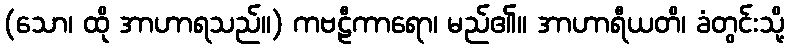
(သော၊ ထို အာဟာရသည်။) ကဗဠီကာရော၊ မည်၏။ အာဟာရီယတိ၊ ခံတွင်းသို့